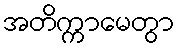
အတိက္ကာမေတွာ